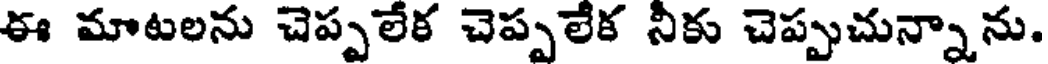
ఈ మాటలను చెప్పలేక చెప్పలేక నీకు చెప్పుచున్నాను.